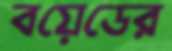
বয়েডের